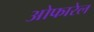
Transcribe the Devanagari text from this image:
ओफारेल